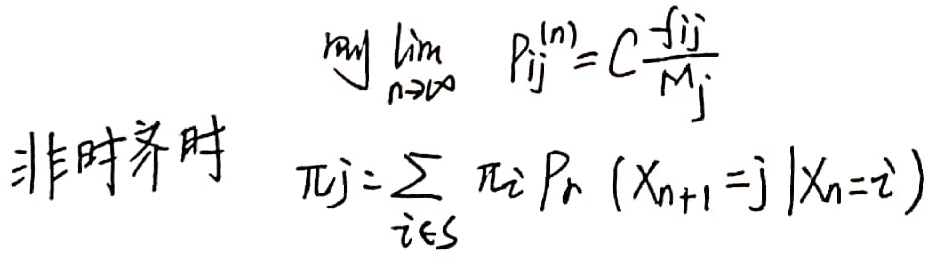
非时齐时，
\[
\begin{align*}
\lim_{n \to \infty} P_{ij}^{(n)}&=C\frac{f_{ij}}{M_{j}}\\
\pi_{j}&=\sum_{i \in S} \pi_{i} \text{Pr}(X_{n + 1} = j|X_{n}=i)
\end{align*}
\]